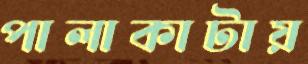
পালাকাটায়